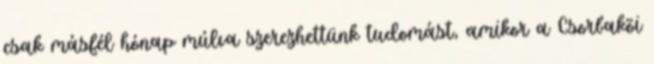
csak másfél hónap múlva szerezhettünk tudomást, amikor a Csorbakõi